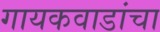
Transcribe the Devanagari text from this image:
गायकवाडांचा